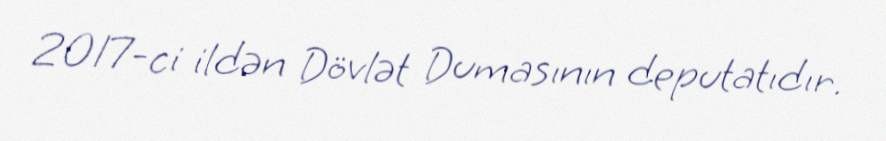
2017-ci ildən Dövlət Dumasının deputatıdır.